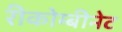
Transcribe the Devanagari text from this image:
रीकोम्बीनेट